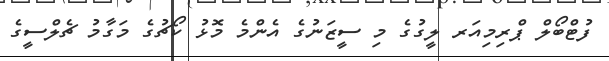
ފުޓްބޯލް ޕްރިމިއަރ ލީގުގެ މި ސީޒަނުގެ އެންމެ މޮޅު ކޯޗުގެ މަގާމު ޗެލްސީގެ